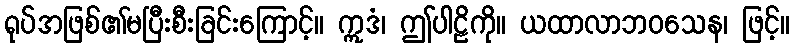
ရုပ်အဖြစ်၏မပြီးစီးခြင်းကြောင့်။ ဣဒံ၊ ဤပါဠိကို။ ယထာလာဘဝသေန၊ ဖြင့်။